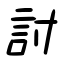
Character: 討